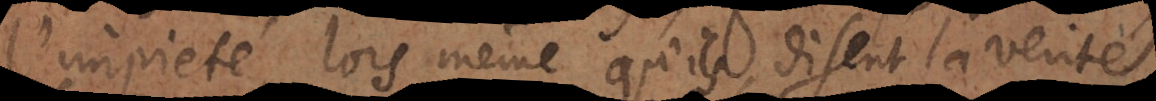
l’impiété lors même qu’ils disent la vérité.